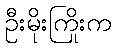
ဦးမိုးကြိုးက